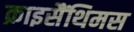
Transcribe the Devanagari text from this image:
क्राइसैंथिमस